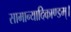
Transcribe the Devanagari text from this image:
सामान्यादिकाण्डम्।